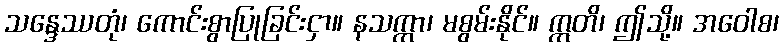
သန္ဒေဿတုံ၊ ကောင်းစွာပြုခြင်းငှာ။ နသက္ကာ၊ မစွမ်းနိုင်။ ဣတိ၊ ဤသို့။ အဝေါစ၊